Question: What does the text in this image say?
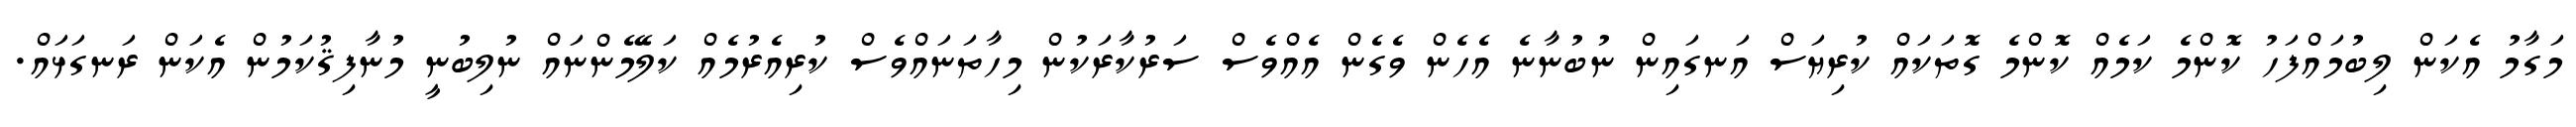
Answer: މަގާމު އެކަން ލިބުމައްފަހު ކޮންމެ ކަމެއް ކޮންމެ ގޮތަކައް ކުރިޔަސް އަނގައިން ނުބުނާނެ އެހެން ވެގެން އެއްވެސް ސަރުކާރަކުން މިހާތަނައްވެސް ކުރިއެރުމެއް ކަލޭމެންނައް ނުލިބުނީ މުނާފިޤުކަމުން އެކަން ރަނގަޅައް.